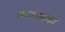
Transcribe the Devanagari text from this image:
घराण्याताील